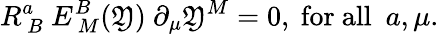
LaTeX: R_{~B}^{a}~E_{~M}^{B}(\mathfrak{Y})~\partial_{\mu}\mathfrak{Y}^{M}=0,~\mathrm{{for~all~}}~a,\mu.